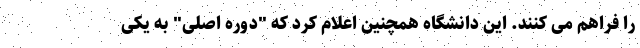
را فراهم می کنند. این دانشگاه همچنین اعلام کرد که "دوره اصلی" به یکی